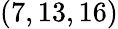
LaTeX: (7,13,16)